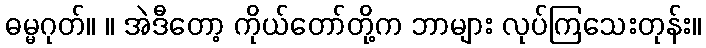
ဓမ္မဂုတ်။ ။ အဲဒီတော့ ကိုယ်တော်တို့က ဘာများ လုပ်ကြသေးတုန်း။